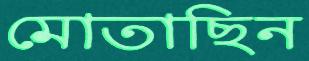
মোতাছিন